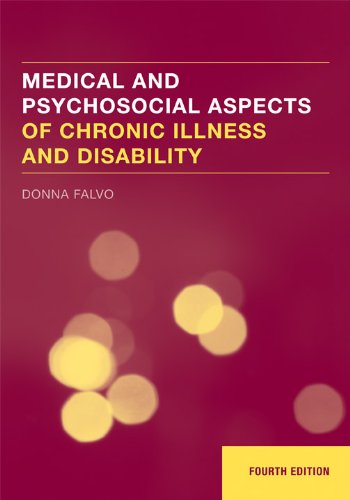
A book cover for Medical And Psychosocial Aspects Of Chronic Illness And Disability; Donna Falvo; Medical Books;